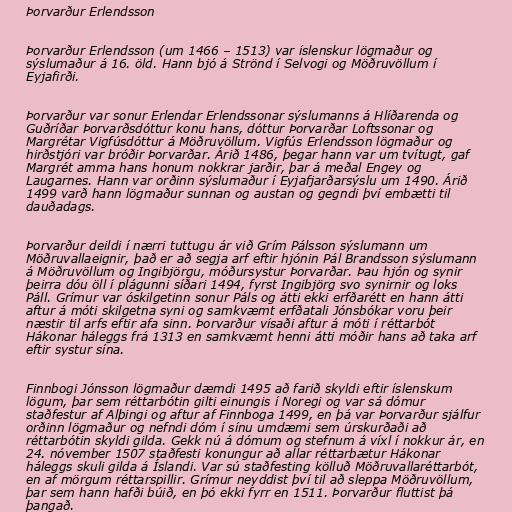
Þorvarður Erlendsson

Þorvarður Erlendsson (um 1466 – 1513) var íslenskur lögmaður og
sýslumaður á 16. öld. Hann bjó á Strönd í Selvogi og Möðruvöllum í
Eyjafirði.

Þorvarður var sonur Erlendar Erlendssonar sýslumanns á Hlíðarenda og
Guðríðar Þorvarðsdóttur konu hans, dóttur Þorvarðar Loftssonar og
Margrétar Vigfúsdóttur á Möðruvöllum. Vigfús Erlendsson lögmaður og
hirðstjóri var bróðir Þorvarðar. Árið 1486, þegar hann var um tvítugt, gaf
Margrét amma hans honum nokkrar jarðir, þar á meðal Engey og
Laugarnes. Hann var orðinn sýslumaður í Eyjafjarðarsýslu um 1490. Árið
1499 varð hann lögmaður sunnan og austan og gegndi því embætti til
dauðadags.

Þorvarður deildi í nærri tuttugu ár við Grím Pálsson sýslumann um
Möðruvallaeignir, það er að segja arf eftir hjónin Pál Brandsson sýslumann
á Möðruvöllum og Ingibjörgu, móðursystur Þorvarðar. Þau hjón og synir
þeirra dóu öll í plágunni síðari 1494, fyrst Ingibjörg svo synirnir og loks
Páll. Grímur var óskilgetinn sonur Páls og átti ekki erfðarétt en hann átti
aftur á móti skilgetna syni og samkvæmt erfðatali Jónsbókar voru þeir
næstir til arfs eftir afa sinn. Þorvarður vísaði aftur á móti í réttarbót
Hákonar háleggs frá 1313 en samkvæmt henni átti móðir hans að taka arf
eftir systur sína.

Finnbogi Jónsson lögmaður dæmdi 1495 að farið skyldi eftir íslenskum
lögum, þar sem réttarbótin gilti einungis í Noregi og var sá dómur
staðfestur af Alþingi og aftur af Finnboga 1499, en þá var Þorvarður sjálfur
orðinn lögmaður og nefndi dóm í sínu umdæmi sem úrskurðaði að
réttarbótin skyldi gilda. Gekk nú á dómum og stefnum á víxl í nokkur ár, en
24. nóvember 1507 staðfesti konungur að allar réttarbætur Hákonar
háleggs skuli gilda á Íslandi. Var sú staðfesting kölluð Möðruvallaréttarbót,
en af mörgum réttarspillir. Grímur neyddist því til að sleppa Möðruvöllum,
þar sem hann hafði búið, en þó ekki fyrr en 1511. Þorvarður fluttist þá
þangað.